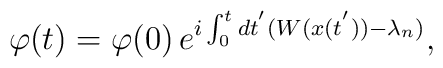
\varphi (t) = \varphi (0)\, e^{ i \int_0^t dt^{'} ( W (x(t^{'})) -\lambda_n)},